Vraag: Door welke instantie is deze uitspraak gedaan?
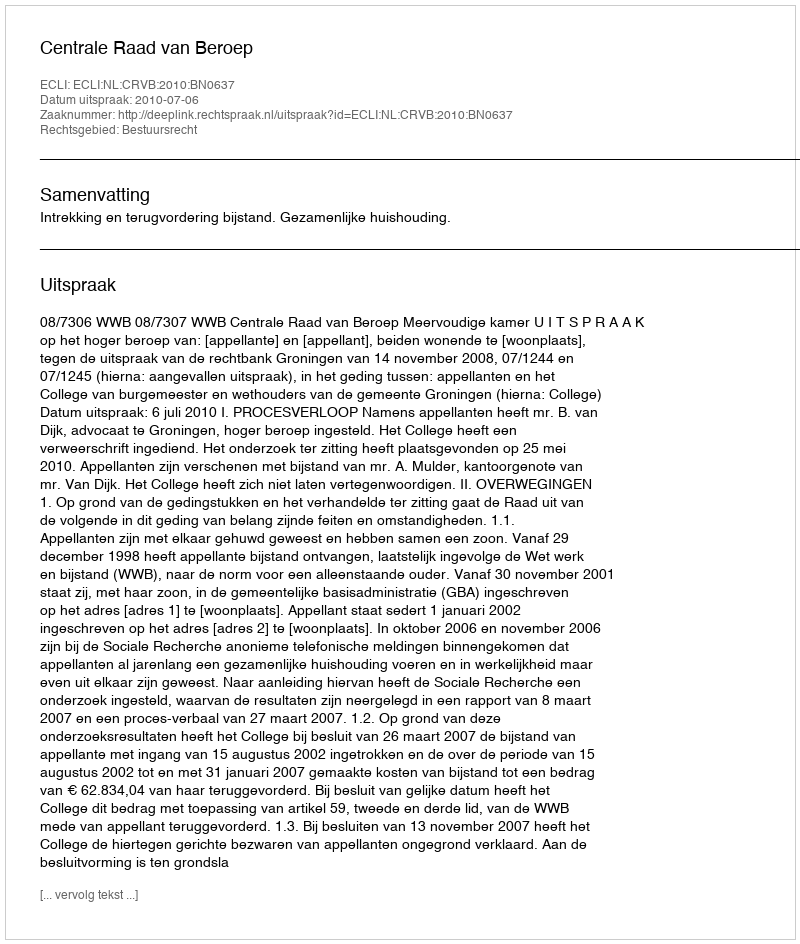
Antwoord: Centrale Raad van Beroep